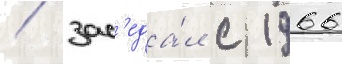
/ зас'еда́л с 1966